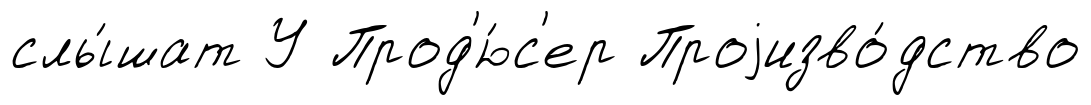
слы́шат У Прод'ю́с'ер Проjизво́дство